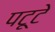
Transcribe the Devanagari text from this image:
पटूटे